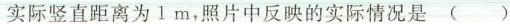
实际竖直距离为1m，照片中反映的实际情况是 ( )